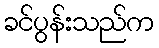
ခင်ပွန်းသည်က